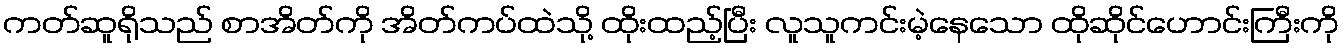
ကတ်ဆူရိုသည် စာအိတ်ကို အိတ်ကပ်ထဲသို့ ထိုးထည့်ပြီး လူသူကင်းမဲ့နေသော ထိုဆိုင်ဟောင်းကြီးကို